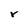
Character: r